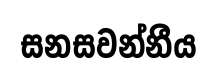
සනසවන්නීය